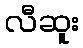
လီဆူး